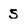
Character: 5